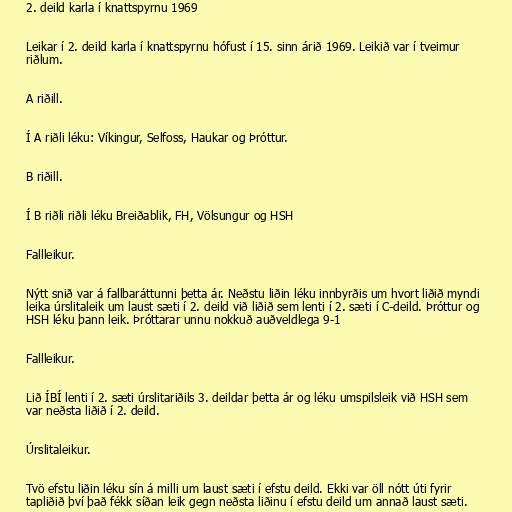
2. deild karla í knattspyrnu 1969

Leikar í 2. deild karla í knattspyrnu hófust í 15. sinn árið 1969. Leikið var í tveimur
riðlum.

A riðill.

Í A riðli léku: Víkingur, Selfoss, Haukar og Þróttur.

B riðill.

Í B riðli riðli léku Breiðablik, FH, Völsungur og HSH

Fallleikur.

Nýtt snið var á fallbaráttunni þetta ár. Neðstu liðin léku innbyrðis um hvort liðið myndi
leika úrslitaleik um laust sæti í 2. deild við liðið sem lenti í 2. sæti í C-deild. Þróttur og
HSH léku þann leik. Þróttarar unnu nokkuð auðveldlega 9-1

Fallleikur.

Lið ÍBÍ lenti í 2. sæti úrslitariðils 3. deildar þetta ár og léku umspilsleik við HSH sem
var neðsta liðið í 2. deild.

Úrslitaleikur.

Tvö efstu liðin léku sín á milli um laust sæti í efstu deild. Ekki var öll nótt úti fyrir
tapliðið því það fékk síðan leik gegn neðsta liðinu í efstu deild um annað laust sæti.